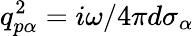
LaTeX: q_{p\alpha}^{2}=i\omega/4\pi d{{\sigma}_{\alpha}}